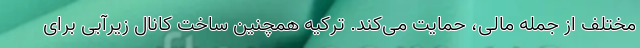
مختلف از جمله مالی، حمایت می‌کند. ترکیه همچنین ساخت کانال زیرآبی برای